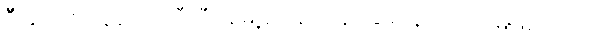
ဦးခိုင်ဇော်ထွန်းက တီဟီရန်မြို့ရှိ ပန်းကန်ဆေးနေသော မြေဖြစ်သည်